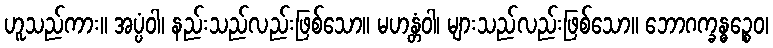
ဟူသည်ကား။ အပ္ပံဝါ၊ နည်းသည်လည်းဖြစ်သော။ မဟန္တံဝါ၊ များသည်လည်းဖြစ်သော။ ဘောဂက္ခန္ဓဉ္စေဝ၊